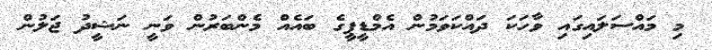
މި މައްސަލައިގައި ވާހަކަ ދައްކަވަމުން އެމްޑީޕީގެ ބައެއް މެންބަރުން ވަނީ ނަޝީދު ޖަލުން